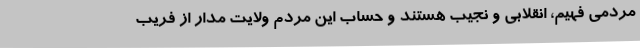
مردمی فهیم، انقلابی و نجیب هستند و حساب این مردم ولایت مدار از فریب